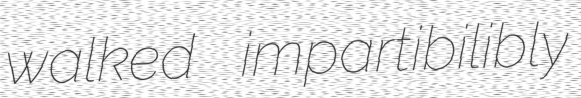
walked impartibilibly